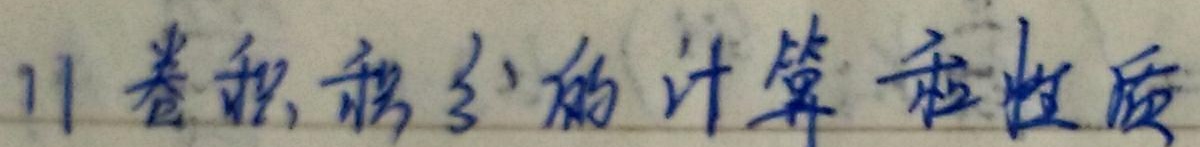
11 卷积积分的计算和性质